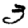
Digit: 3